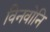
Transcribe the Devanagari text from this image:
विनवोनि